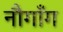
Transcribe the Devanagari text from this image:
नौगाँग